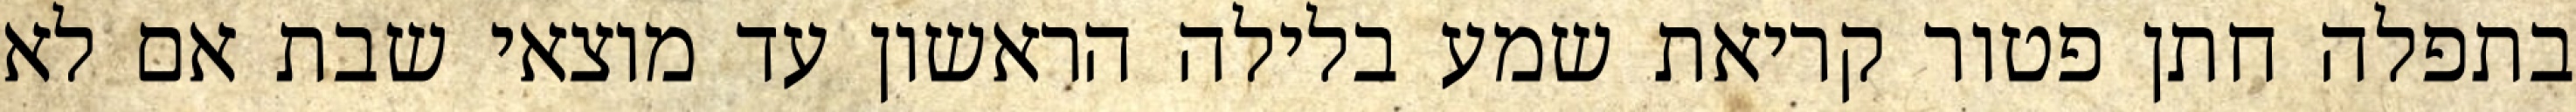
בתפלה חתן פטור קריאת שמע בלילה הראשון עד מוצאי שבת אם לא